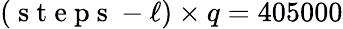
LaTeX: (\mathrm{~s~t~e~p~s~}-\ell)\times q=405000